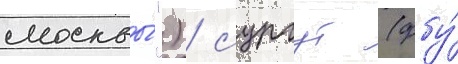
москвы́") / сургут (фбу́